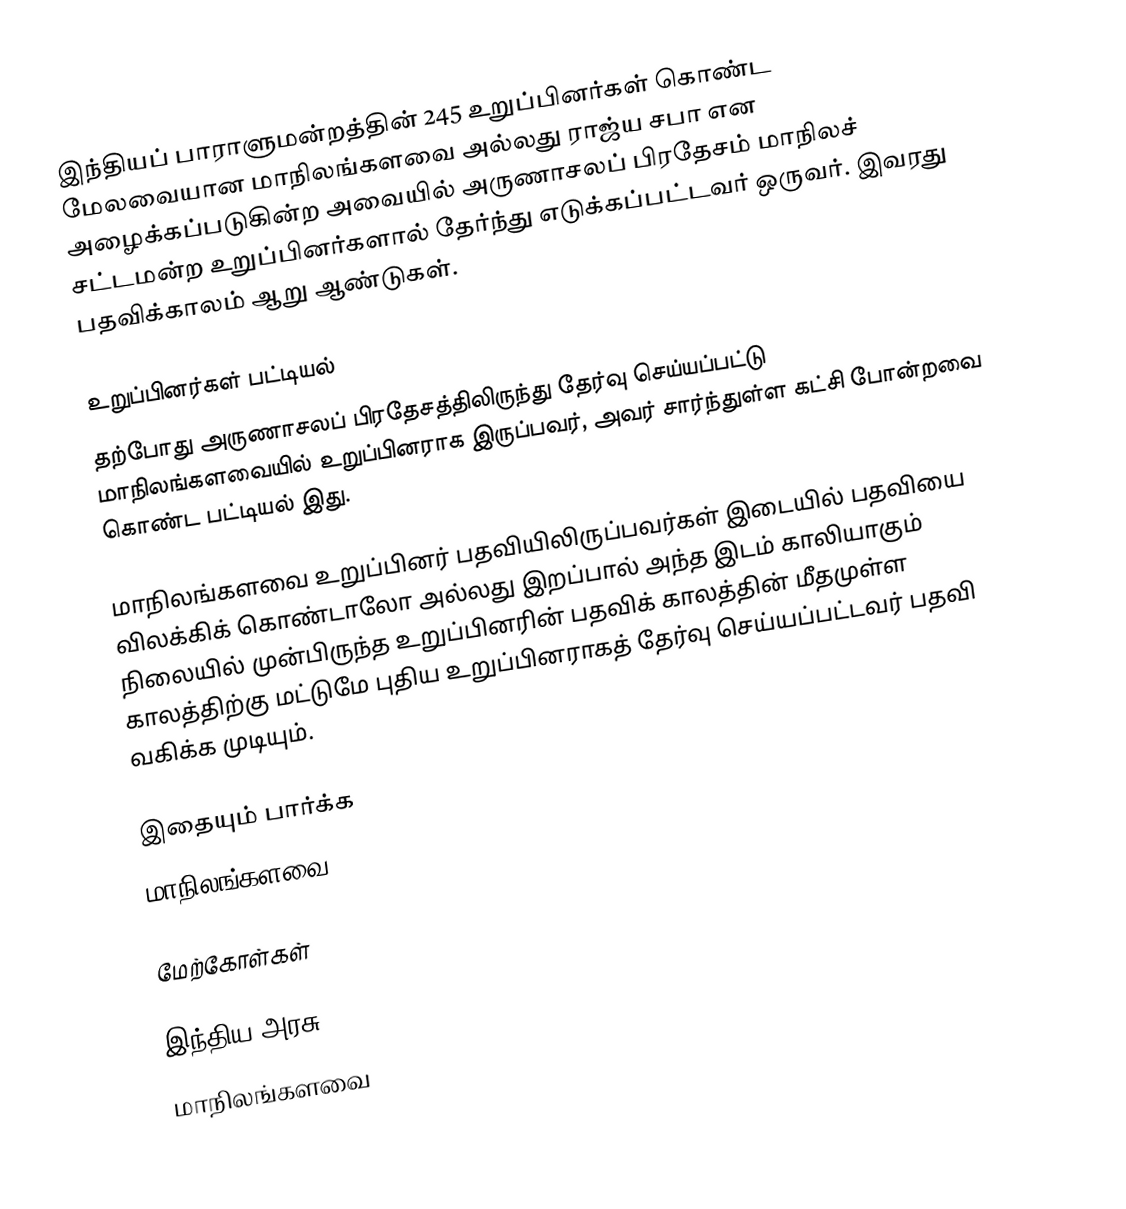
இந்தியப் பாராளுமன்றத்தின் 245 உறுப்பினர்கள் கொண்ட மேலவையான மாநிலங்களவை அல்லது ராஜ்ய சபா என அழைக்கப்படுகின்ற அவையில் அருணாசலப் பிரதேசம் மாநிலச் சட்டமன்ற உறுப்பினர்களால் தேர்ந்து எடுக்கப்பட்டவர் ஒருவர். இவரது பதவிக்காலம் ஆறு ஆண்டுகள்.

உறுப்பினர்கள் பட்டியல்
தற்போது அருணாசலப் பிரதேசத்திலிருந்து தேர்வு செய்யப்பட்டு மாநிலங்களவையில் உறுப்பினராக இருப்பவர், அவர் சார்ந்துள்ள கட்சி போன்றவை கொண்ட பட்டியல் இது.

 மாநிலங்களவை உறுப்பினர் பதவியிலிருப்பவர்கள் இடையில் பதவியை விலக்கிக் கொண்டாலோ அல்லது இறப்பால் அந்த இடம் காலியாகும் நிலையில் முன்பிருந்த உறுப்பினரின் பதவிக் காலத்தின் மீதமுள்ள காலத்திற்கு மட்டுமே புதிய உறுப்பினராகத் தேர்வு செய்யப்பட்டவர் பதவி வகிக்க முடியும்.

இதையும் பார்க்க
மாநிலங்களவை

மேற்கோள்கள்

இந்திய அரசு
மாநிலங்களவை